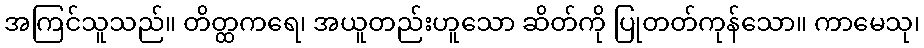
အကြင်သူသည်။ တိတ္ထကရေ၊ အယူတည်းဟူသော ဆိတ်ကို ပြုတတ်ကုန်သော။ ကာမေသု၊